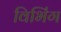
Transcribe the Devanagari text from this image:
विभिंग